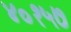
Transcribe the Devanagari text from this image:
४०१५७